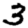
Digit: 3